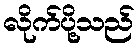
လိုက်ပို့သည်